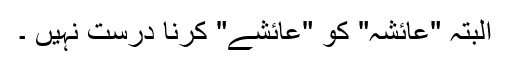
البتہ "عائشہ" کو "عائشے" کرنا درست نہیں ۔